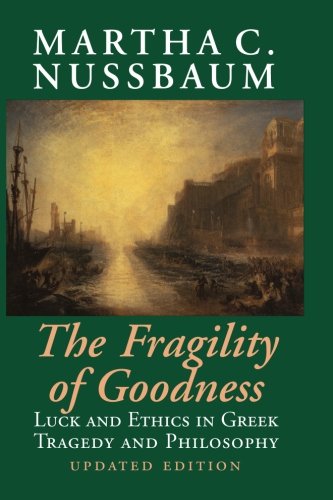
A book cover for The Fragility of Goodness: Luck and Ethics in Greek Tragedy and Philosophy; Martha C. Nussbaum; Literature & Fiction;